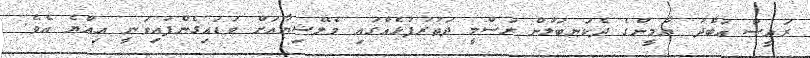
ރައީސް އަބްދު ޔާމީންގެ ދެކަނބަލުން ރަސްމީ ދަތުރުފުޅެއްގައި މެލޭޝިޔާއަށް ވަޑައިގެންފައިވަނީ އިއްޔެ އެވެ.